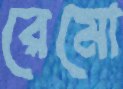
রেমো